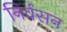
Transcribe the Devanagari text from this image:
निर्वसन